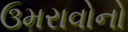
ઉમરાવોનો